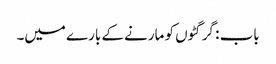
باب : گرگٹوں کو مارنے کے بارے میں۔